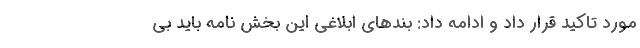
مورد تاکید قرار داد و ادامه داد: بندهای ابلاغی این بخش نامه باید بی